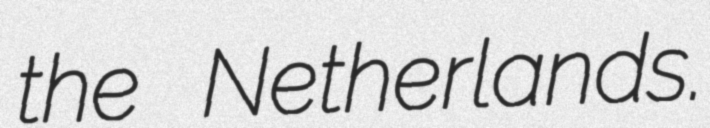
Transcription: the Netherlands.